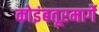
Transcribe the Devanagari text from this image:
कोइंबतूरमार्गे